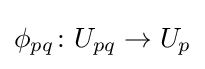
\phi _{pq}\colon U_{pq}\to U_{p}